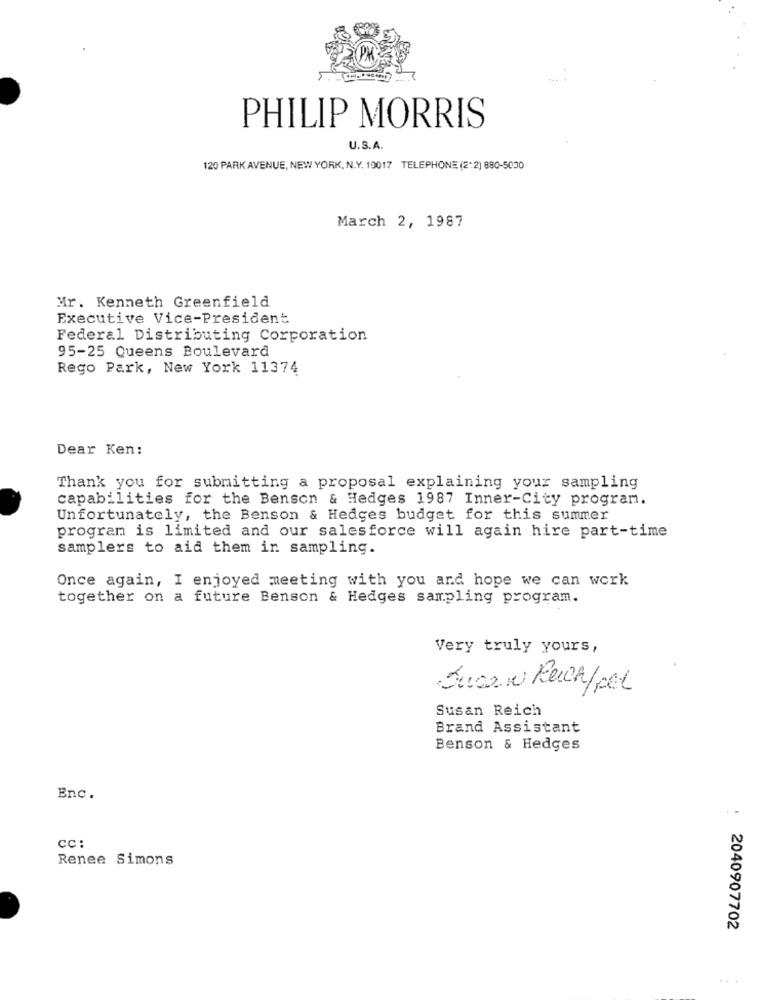
PHILIP MORRIS
U.S.A.
120 PARK AVENUE, NEW YORK, N.Y. 10017 TELEPHONE (2:2) 880-5000
March 2, 1987
Mr. Kenneth Greenfield
Executive Vice-President
Federal Distributing Corporation
95-25 Queens Boulevard
Rego Park, New York 11374
Dear Ken:
Thank you for submitting a proposal explaining your sampling
capabilities for the Benson & Hedges 1987 Inner-City program.
Unfortunately, the Benson & Hedges budget for this summer
program is limited and our salesforce will again hire part-time
samplers to aid them in sampling.
Once again, I enjoyed meeting with you and hope we can work
together on a future Benson & Hedges sampling program.
Very truly yours,
Susan Ruch/pet
Susan Reich
Brand Assistant
Benson & Hedges
Enc.
cc:
Renee Simons
: 2040907702